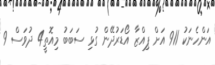
އަންހެނަކު 911 އަށް ޕިއްޒާ އޯޑަރުދޭން ގުޅި ސަބަބު މިއޮތީ4 ދުވަސް 9